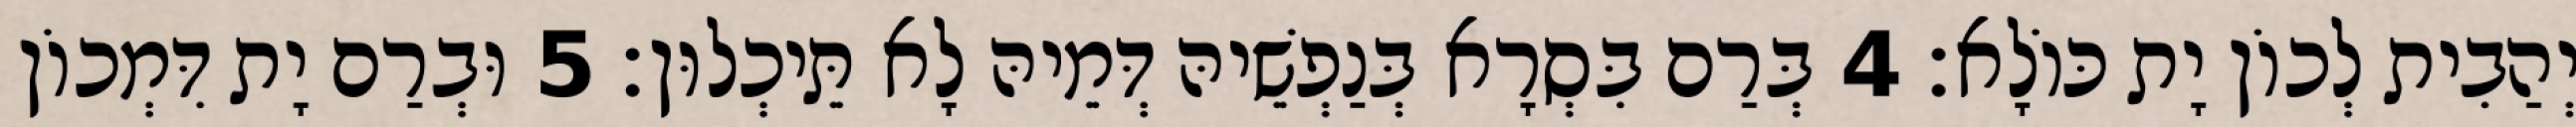
יְהַבִית לְכוֹן יָת כּוֹלָא׃ 4 בְּרַם בִּסְרָא בְּנַפְשֵׁיהּ דְּמֵיהּ לָא תֵּיכְלוּן׃ 5 וּבְרַם יָת דִּמְכוֹן